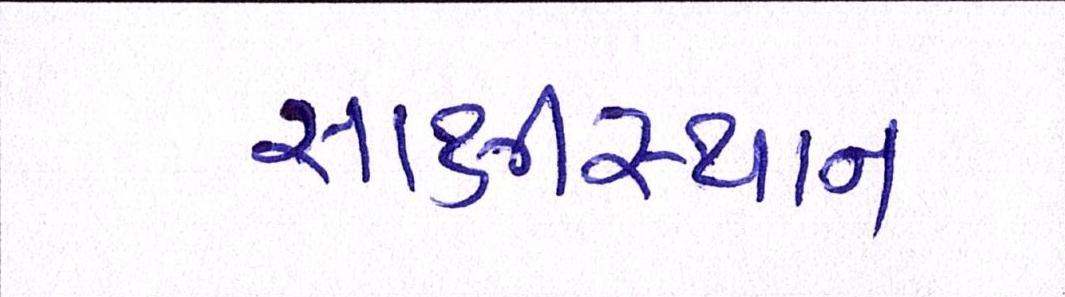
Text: સાક્ષીસ્થાન